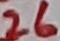
Text: 26